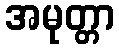
အမုတ္တာ